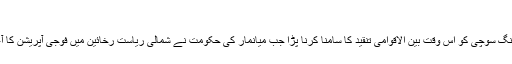
‘
آنگ سانگ سوچی کو اس وقت بین الاقوامی تنقید کا سامنا کرنا پڑا جب میانمار کی حکومت نے شمالی ریاست رخائین میں فوجی آپریشن کا آغاز کیا۔